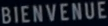
BIENVENUE